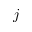
j